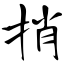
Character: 捎